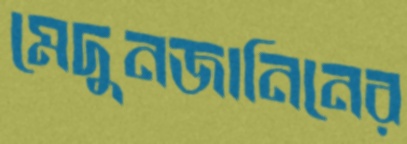
মেদুনজানিনের